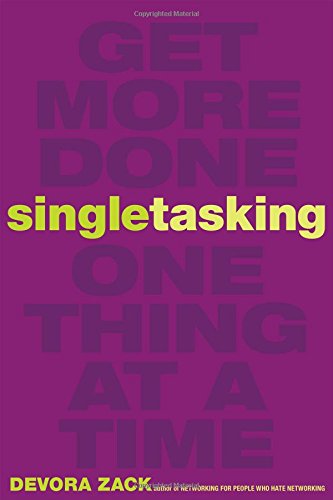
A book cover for Singletasking: Get More Done-One Thing at a Time; Devora Zack; Self-Help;